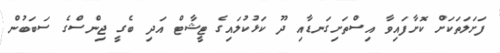
ފަށަލަތަކަށް ކޮށާފައިވާ އިސްތަށިގަނޑާއި ދޫ ކަޅުކުލައިގެ ޓީޝާޓް އަދި ބެގީ ޖިންސްގެ ސަބަބުން